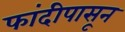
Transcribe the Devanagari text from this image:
फांदीपासून